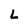
Character: L